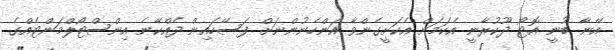
އޭނާ ބުނީ އޮޓޯ ދޫކުރާނީ އެކަމަށް އެކަށީގެންވާ އަންހެނުންނަށް ފަސޭހައިން ދެއްކޭނެ އިންސްޓޯލްމަންޓެއްގެ